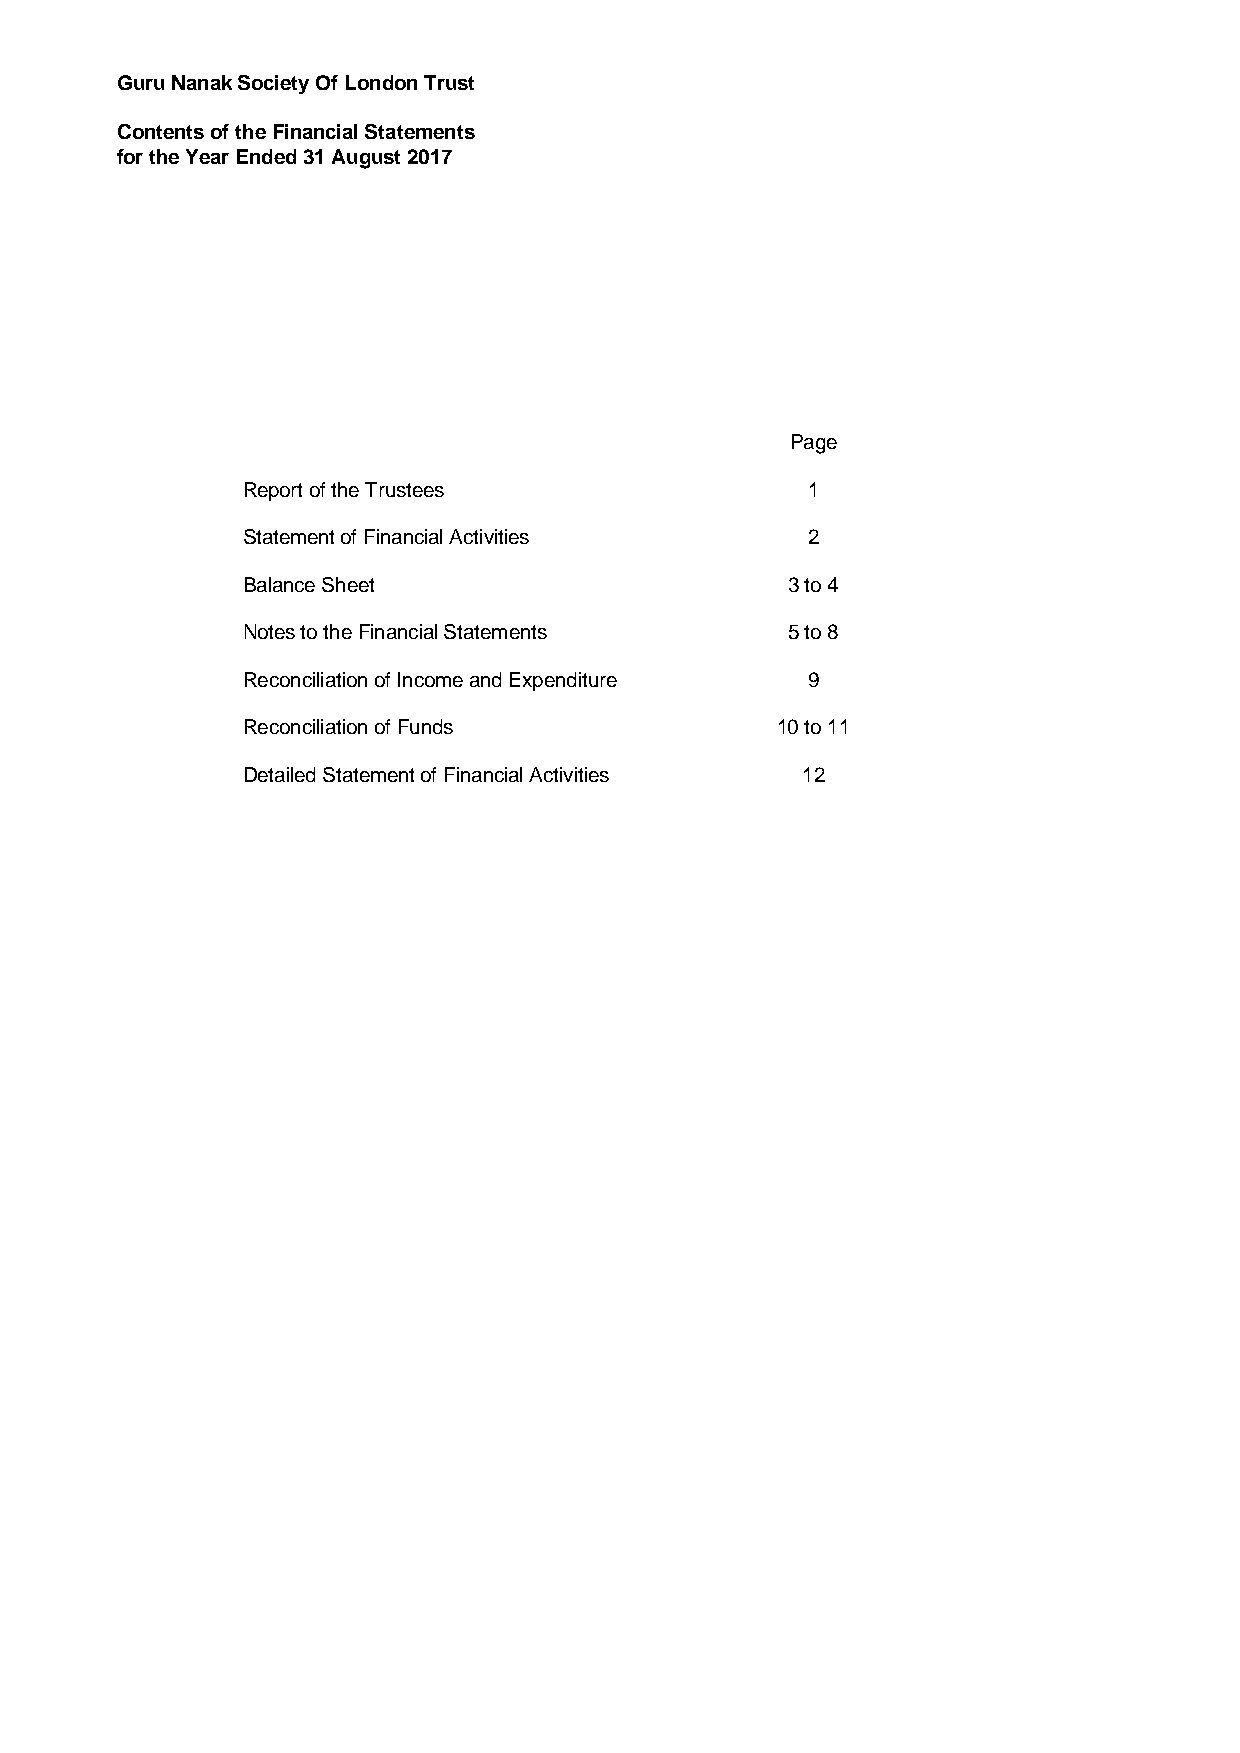
Guru Nanak Society Of London Trust
 Contents of the Financial Statements
 for the Year Ended 31 August 2017
 Page
 Report of the Trustees               1
 Statement of Financial Activities    2
 Balance Sheet                       3 to 4
 Notes to the Financial Statements   5 to 8
 Reconciliation of Income and Expenditure 9
 Reconciliation of Funds            10 to 11
 Detailed Statement of Financial Activities 12